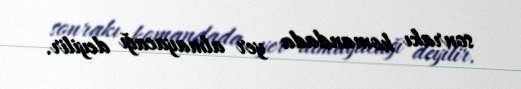
sonrakı komandada yer almayacağı deyilir.